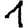
Digit: 1